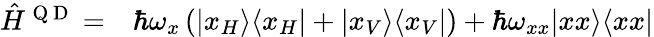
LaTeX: \begin{array}{rl}{\hat{H}^{\mathrm{~Q~D~}}=}&{{}\hbar\omega_{x}\left(\vert x_{H}\rangle\langle x_{H}\vert+\vert x_{V}\rangle\langle x_{V}\vert\right)+\hbar\omega_{xx}\vert xx\rangle\langle xx\vert}\end{array}